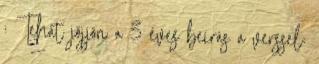
: Tehát jöjjön a 3 éves beírás a verssel: